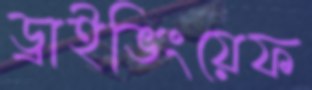
ড্রাইভিংয়েফ